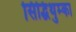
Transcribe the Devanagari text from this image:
सिद्धिथुम्का